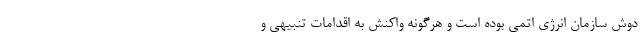
دوش سازمان انرژی اتمی بوده است و هرگونه واکنش به اقدامات تنبیهی و